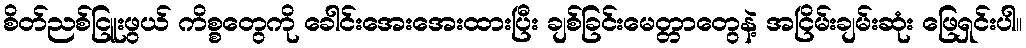
စိတ်ညစ်ငြူးဖွယ် ကိစ္စတွေကို ခေါင်းအေးအေးထားပြီး ချစ်ခြင်းမေတ္တာတွေနဲ့ အငြိမ်းချမ်းဆုံး ဖြေရှင်းပါ။